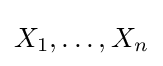
\textstyle X_{1},\dots ,X_{n}